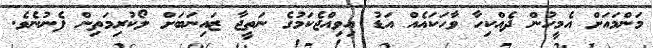
މަންމައަށް އެމީހުން ދެއްކިހާ ވާހަކައެއް އަޑު އިވިއްޖެކަމުގެ ނަތީޖާ ޒައިނަބަށް ލޯކުރިމަތިން ފެނުނެވެ.